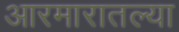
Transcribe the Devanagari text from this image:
आरमारातल्या